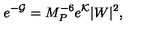
e ^ { - { \cal G } } = M _ { P } ^ { - 6 } e ^ { \cal K } | W | ^ { 2 } ,